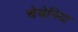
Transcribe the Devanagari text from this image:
चेचेनिया